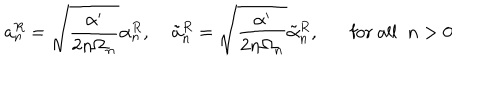
a _ { n } ^ { R } = \sqrt { \frac { \alpha ^ { \prime } } { 2 n \Omega _ { n } } } \alpha _ { n } ^ { R } , \; \tilde { a } _ { n } ^ { R } = \sqrt { \frac { \alpha ^ { \prime } } { 2 n \Omega _ { n } } } \tilde { \alpha } _ { n } ^ { R } , \mathrm { f o r ~ a l l } \; \; n > 0